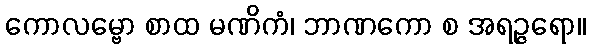
ကောလမ္ဗော စာထ မဏိကံ၊ ဘာဏကော စ အရဉ္ဇရော။